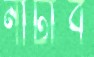
নাটাব